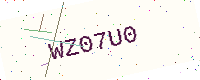
Text: WZ07U0